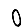
Digit: 0